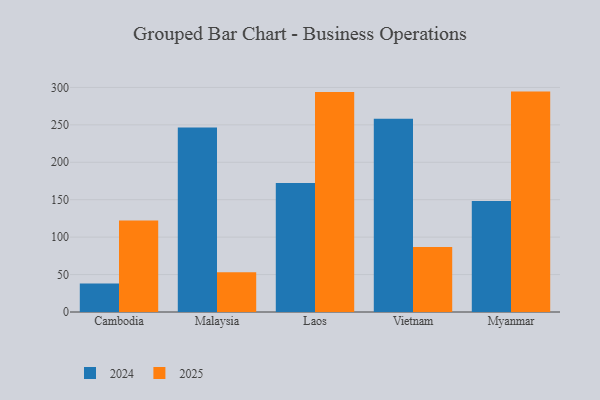
{"axis": {"x": "Country", "y": "Customer Acquisition Cost (USD)"}, "legend": ["2024", "2025"], "data": [{"x": "Cambodia", "y": 38.0, "type": "2024"}, {"x": "Cambodia", "y": 122.1, "type": "2025"}, {"x": "Malaysia", "y": 246.4, "type": "2024"}, {"x": "Malaysia", "y": 53.2, "type": "2025"}, {"x": "Laos", "y": 172.3, "type": "2024"}, {"x": "Laos", "y": 294.0, "type": "2025"}, {"x": "Vietnam", "y": 258.0, "type": "2024"}, {"x": "Vietnam", "y": 86.9, "type": "2025"}, {"x": "Myanmar", "y": 148.3, "type": "2024"}, {"x": "Myanmar", "y": 294.4, "type": "2025"}]}